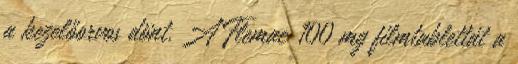
a kezelőorvos dönt. A Flemac 100 mg filmtablettát a